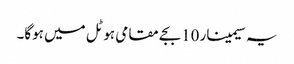
یہ سیمینار 10بجے مقامی ہوٹل میں ہوگا۔